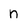
Character: n